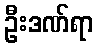
ဦးဒဏ်ရာ